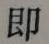
即